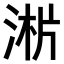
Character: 𣶁